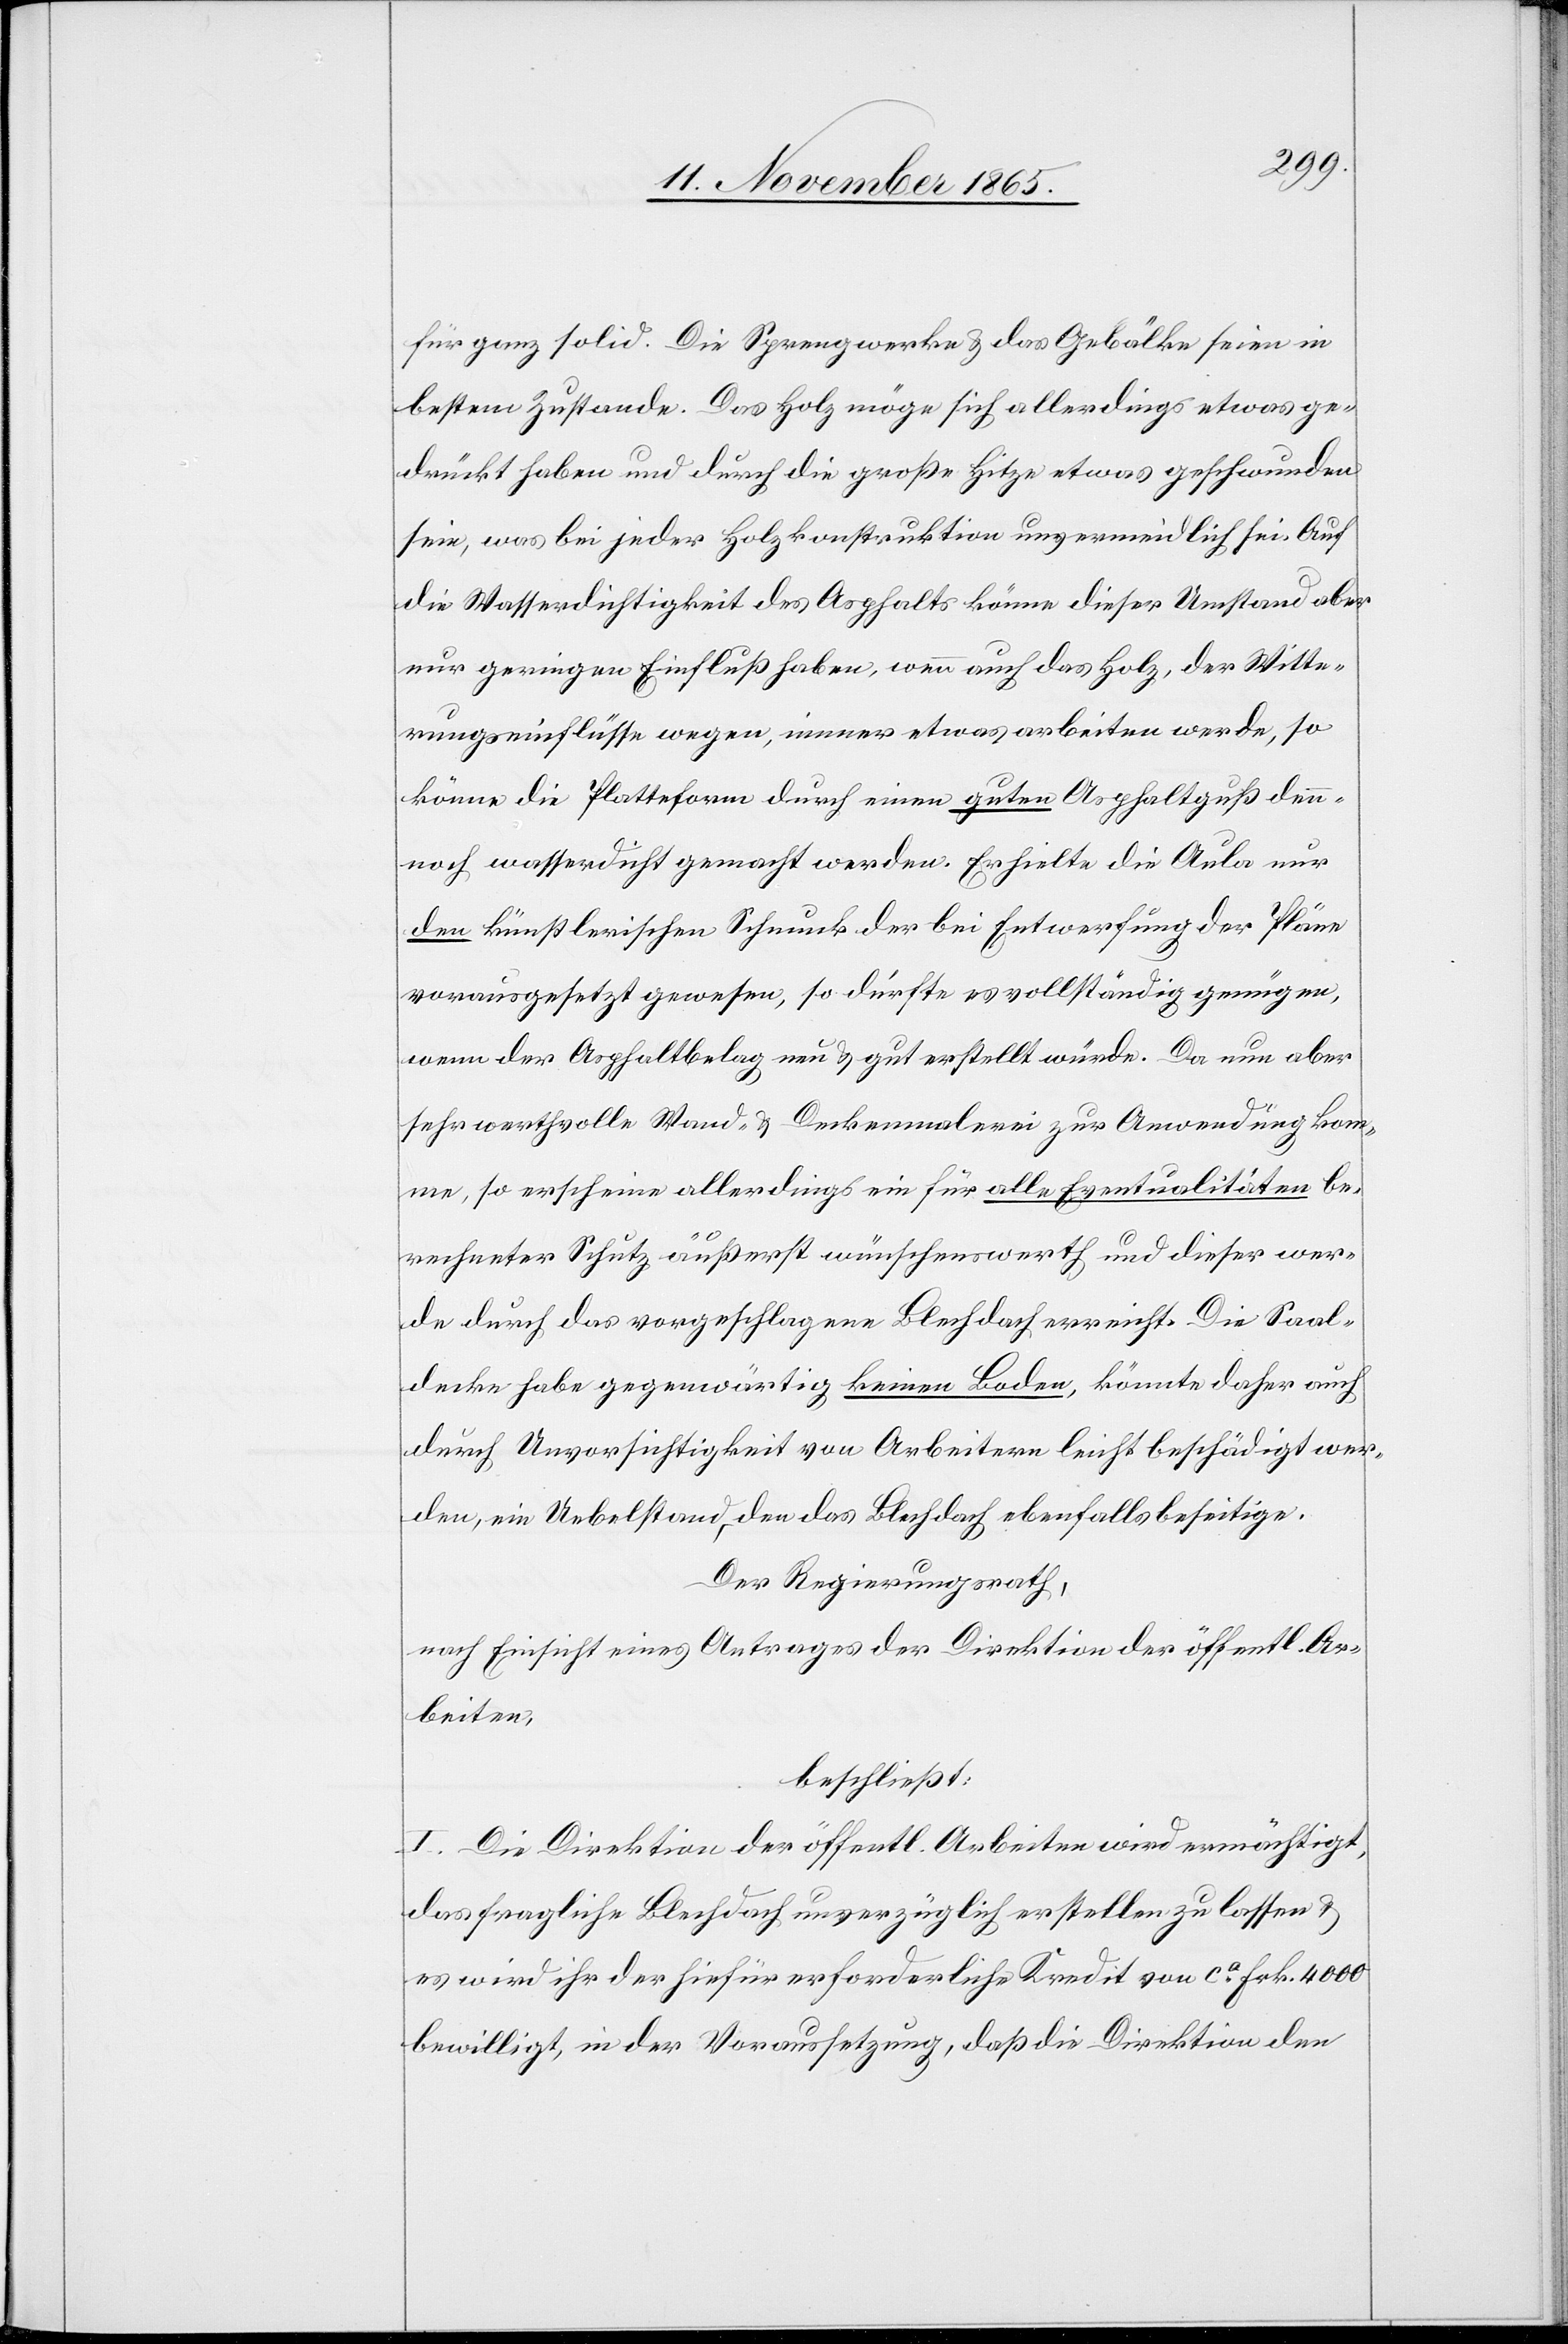
für ganz solid. Die Sprengwerke & das Gebälke seien in
bestem Zustande. Das Holz möge sich allerdings etwas ge¬
drückt haben und durch die große Hitze etwas geschwunden
sein, was bei jeder Holzkonstruktion unvermeidlich sei. Auf
die Wasserdichtigkeit des Asphalts könne dieser Umstand aber
nur geringen Einfluß haben, wenn auch das Holz, der Witte¬
rungseinflüsse wegen, immer etwas arbeiten werde, so
könne die Plattform durch einen guten Asphaltguß den¬
noch wasserdicht gemacht werden. Erhielte die Aula nur
den künstlerischen Schmuck der bei Entwerfung der Pläne
vorausgesetzt gewesen, so dürfte es vollständig genügen,
wenn der Asphaltbelag neu & gut erstellt würde. Da nun aber
sehr werthvolle Wand- & Deckenmalerei zur Anwendung kom¬
men, so erscheine allerdings ein für alle Eventualitäten be¬
rechneter Schutz äußerst wünschenswerth und dieser wer¬
de durch das vorgeschlagene Blechdach erreicht. Die Saal¬
decke habe gegenwärtig keinen Boden, könnte daher auch
durch Unvorsichtigkeit von Arbeitern leicht beschädigt wer¬
den, ein Uebelstand, den das Blechdach ebenfalls beseitige.
Der Regierungsrath,
nach Einsicht eines Antrages der Direktion der öffentl. Ar¬
beiten,
beschließt:
I. Die Direktion der öffentl. Arbeiten wird ermächtigt,
das fragliche Blechdach unverzüglich erstellen zu lassen und
es wird ihr der hiefür erforderliche Kredit von ca Frk. 4000
bewilligt, in der Voraussetzung, daß die Direktion den